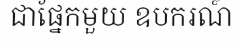
ជាផ្នែកមួយ ឧបករណ៍